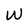
Character: W